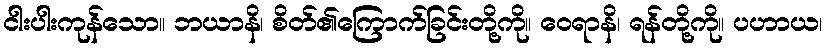
ငါးပါးကုန်သော။ ဘယာနိ၊ စိတ်၏ကြောက်ခြင်းတို့ကို။ ဝေရာနိ၊ ရန်တို့ကို။ ပဟာယ၊